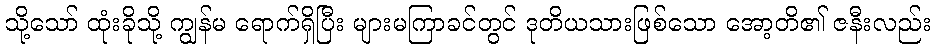
သို့သော် ထုံးခိုသို့ ကျွန်မ ရောက်ရှိပြီး များမကြာခင်တွင် ဒုတိယသားဖြစ်သော အော့တိ၏ ဇနီးလည်း